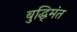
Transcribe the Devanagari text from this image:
बुद्धि्मंत